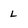
Character: l